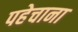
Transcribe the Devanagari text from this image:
पहेचाना